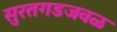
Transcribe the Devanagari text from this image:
सुरतगडजवळ